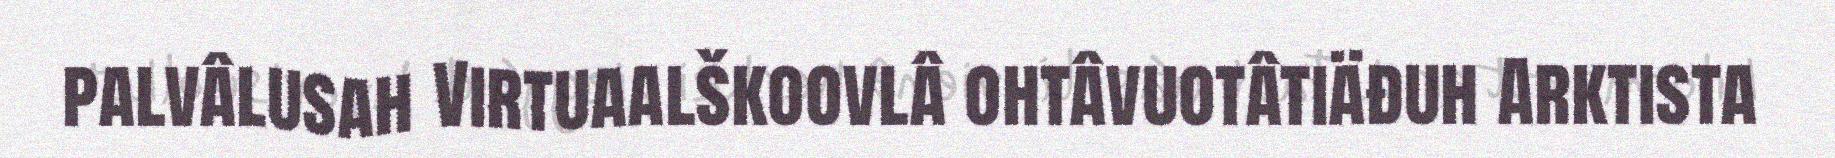
palvâlusah Virtuaalškoovlâ ohtâvuotâtiäđuh Arktista